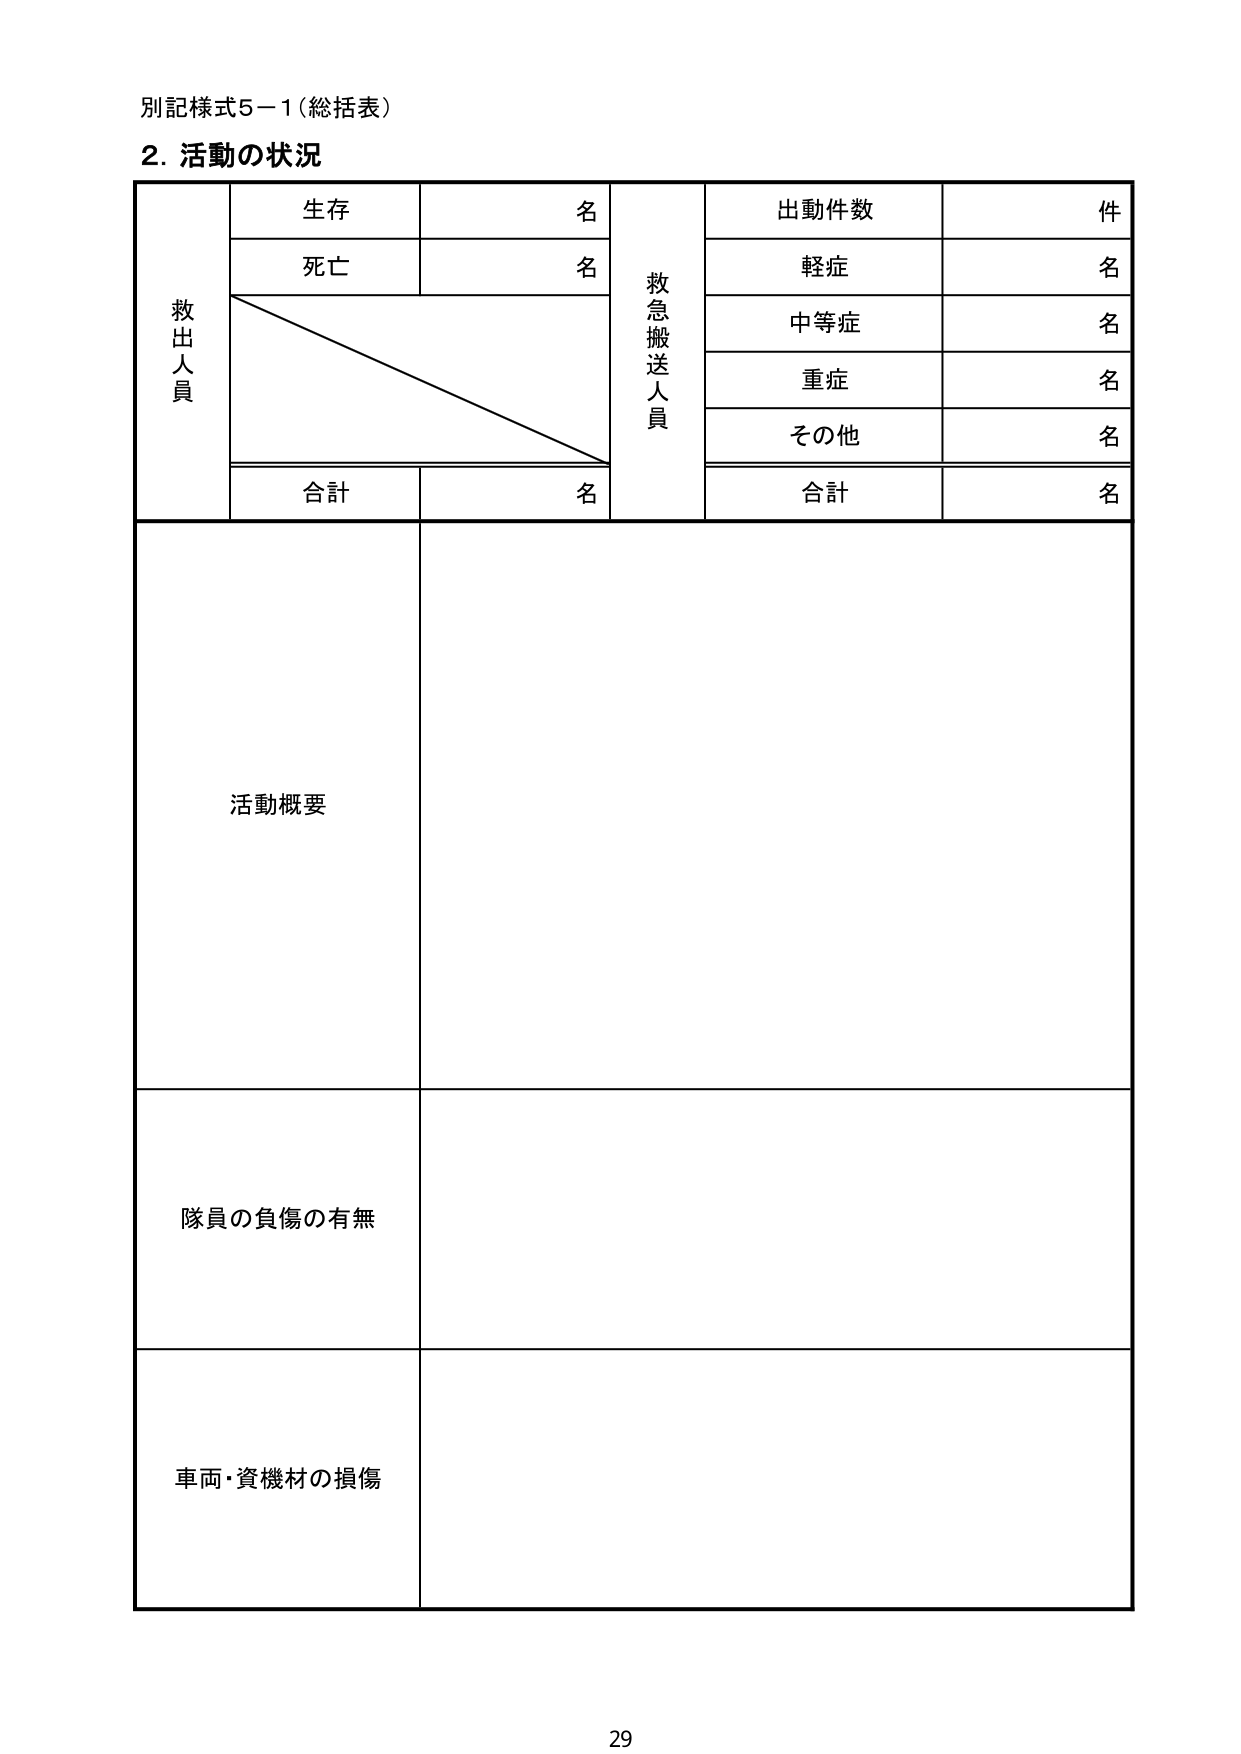
別記様式5－1（総括表）
2. 活動の状況

救出人員
　生存　　　　　　　名
　死亡　　　　　　　名
　　　　　　　　　　　（斜線）
　合計　　　　　　　名

救急搬送人員
　出動件数　　　　　件
　　軽症　　　　　　名
　　中等症　　　　　名
　　重症　　　　　　名
　　その他　　　　　名
　合計　　　　　　　名

活動概要

隊員の負傷の有無

車両・資機材の損傷

29